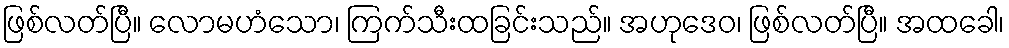
ဖြစ်လတ်ပြီ။ လောမဟံသော၊ ကြက်သီးထခြင်းသည်။ အဟုဒေဝ၊ ဖြစ်လတ်ပြီ။ အထခေါ၊